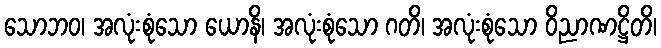
သောဘဝ၊ အလုံးစုံသော ယောနိ၊ အလုံးစုံသော ဂတိ၊ အလုံးစုံသော ဝိညာဏဋ္ဌိတိ၊